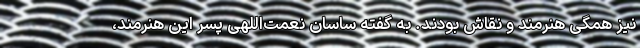
نیز همگی هنرمند و نقاش بودند. به گفته ساسان نعمت‌اللهی پسر این هنرمند،